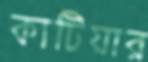
কাটিয়ার